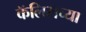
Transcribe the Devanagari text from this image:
कॅलिसच्या